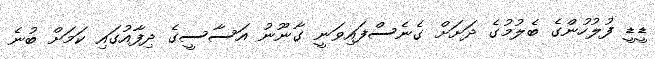
ޑީޑީ ފުލުހުންގެ ބެލުމުގެ ދަށަށް ގެނެސްފައިވަނީ ގާނޫނު އަސާސީގެ ދިފާއުގައި ކަމަށް ބުނެ